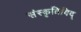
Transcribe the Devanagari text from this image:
संस्कृतिविद्